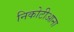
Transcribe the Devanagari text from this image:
निकोटीआना